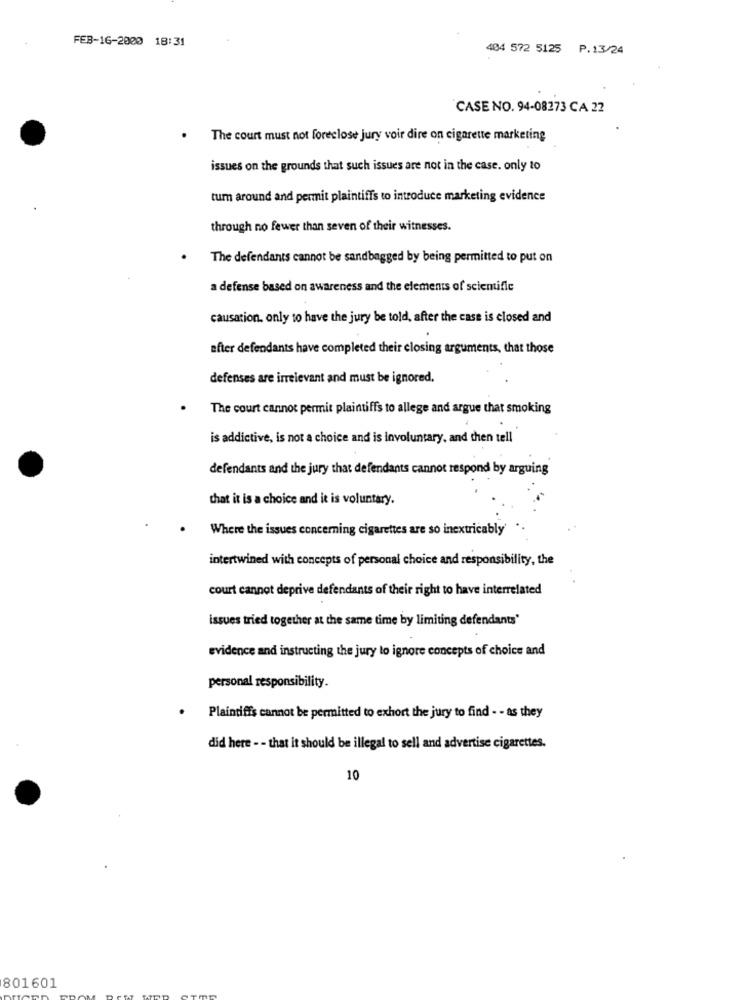
FEB-16-2000 18:31
404 572 5125 P. 13/24
CASE NO. 94-08273 CA 22
The court must not foreclose jury voir dire on cigarette marketing
issues on the grounds that such issues are not in the case. only to
tum around and permit plaintiffs to introduce marketing evidence
through no fewer than seven of their witnesses.
The defendants cannot be sandbagged by being permitted to put on
a defense based on awareness and the elements of scientific
causation. only to have the jury be told, after the case is closed and
efter defendants have completed their closing arguments, that those
defenses are irrelevant and must be ignored.
The court cannot permit plaintiffs to allege and argue that smoking
is addictive, is not a choice and is involuntary, and then tell
defendants and the jury that defendants cannot respond by arguing
that it is a choice and it is voluntary.
Where the issues concerning cigarettes are so inextricably'
intertwined with concepts of personal choice and responsibility, the
court cannot deprive defendants of their right to have interrelated
issues tried together at the same time by limiting defendants"
evidence and instructing the jury to ignore concepts of choice and
personal responsibility.
Plaintiffs cannot be permitted to exhort the jury to find - - as they
did here - - that it should be illegal to sell and advertise cigarettes.
10
801601